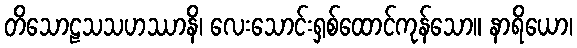
တိသောဠသသဟဿာနိ၊ လေးသောင်းရှစ်ထောင်ကုန်သော။ နာရိယော၊